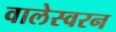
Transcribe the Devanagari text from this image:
वालेस्वरन